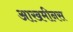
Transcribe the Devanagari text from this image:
आखमीनस